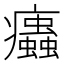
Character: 𤼖